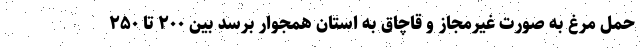
حمل مرغ به صورت غیرمجاز و قاچاق به استان همجوار برسد بین ۲۰۰ تا ۲۵۰